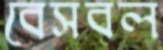
বেসবল